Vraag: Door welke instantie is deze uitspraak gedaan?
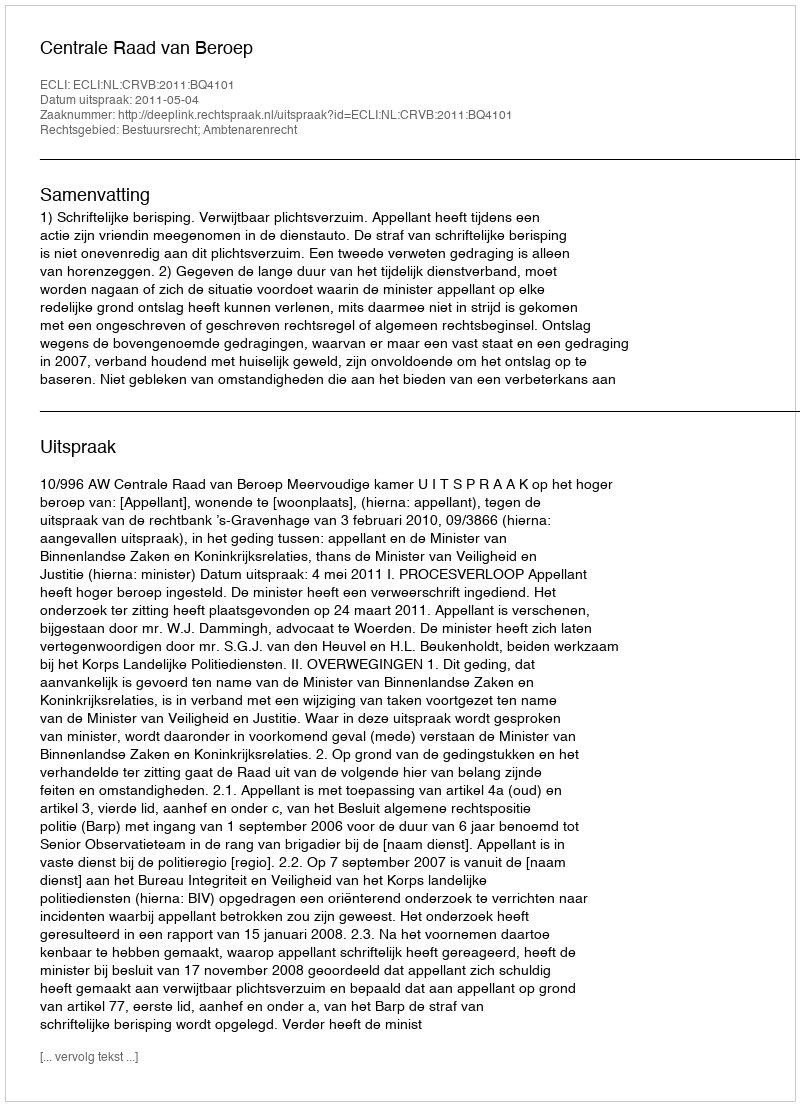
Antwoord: Centrale Raad van Beroep